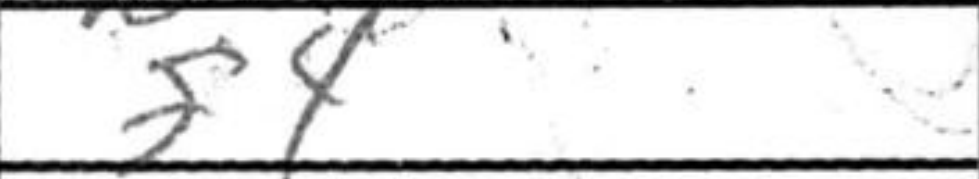
Transcription: f4